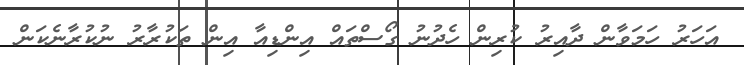
އަހަރު ހަމަވާން ދާއިރު ކުރިން ހެދުނު ގޯސްތައް އިންޑިއާ އިން ތަކުރާރު ނުކުރާނެކަން